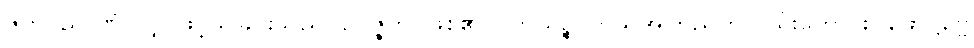
ဇိဝှာဝိညာဏံ၊ လျှာဖြင့်သိခြင်းသည်။ ဥပ္ပဇ္ဇတိ၊ ဖြစ်၏။ ကာယဉ္စ၊ ကိုယ်အကြည်ကိုလည်းကောင်း။ ဖောဋ္ဌဗ္ဗေ